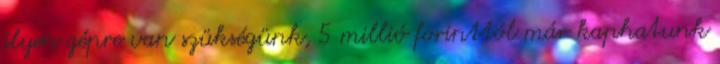
ilyen gépre van szükségünk, 5 millió forinttól már kaphatunk